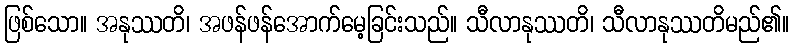
ဖြစ်သော။ အနုဿတိ၊ အဖန်ဖန်အောက်မေ့ခြင်းသည်။ သီလာနုဿတိ၊ သီလာနုဿတိမည်၏။